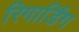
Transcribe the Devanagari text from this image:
रिगार्डिंग